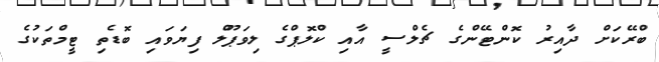
ބްރޭކަށް ދާއިރު ކޮންޓޭންގެ ޗެލްސީ އާއި ކްލޮޕްގެ ލިވަޕޫލް ފިޔަވައި ބޮޑެތި ޓީމްތަކުގެ